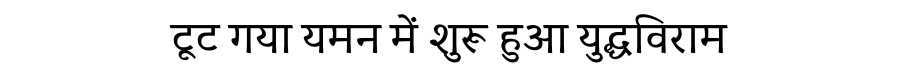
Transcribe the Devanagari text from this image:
टूट गया यमन में शुरू हुआ युद्धविराम